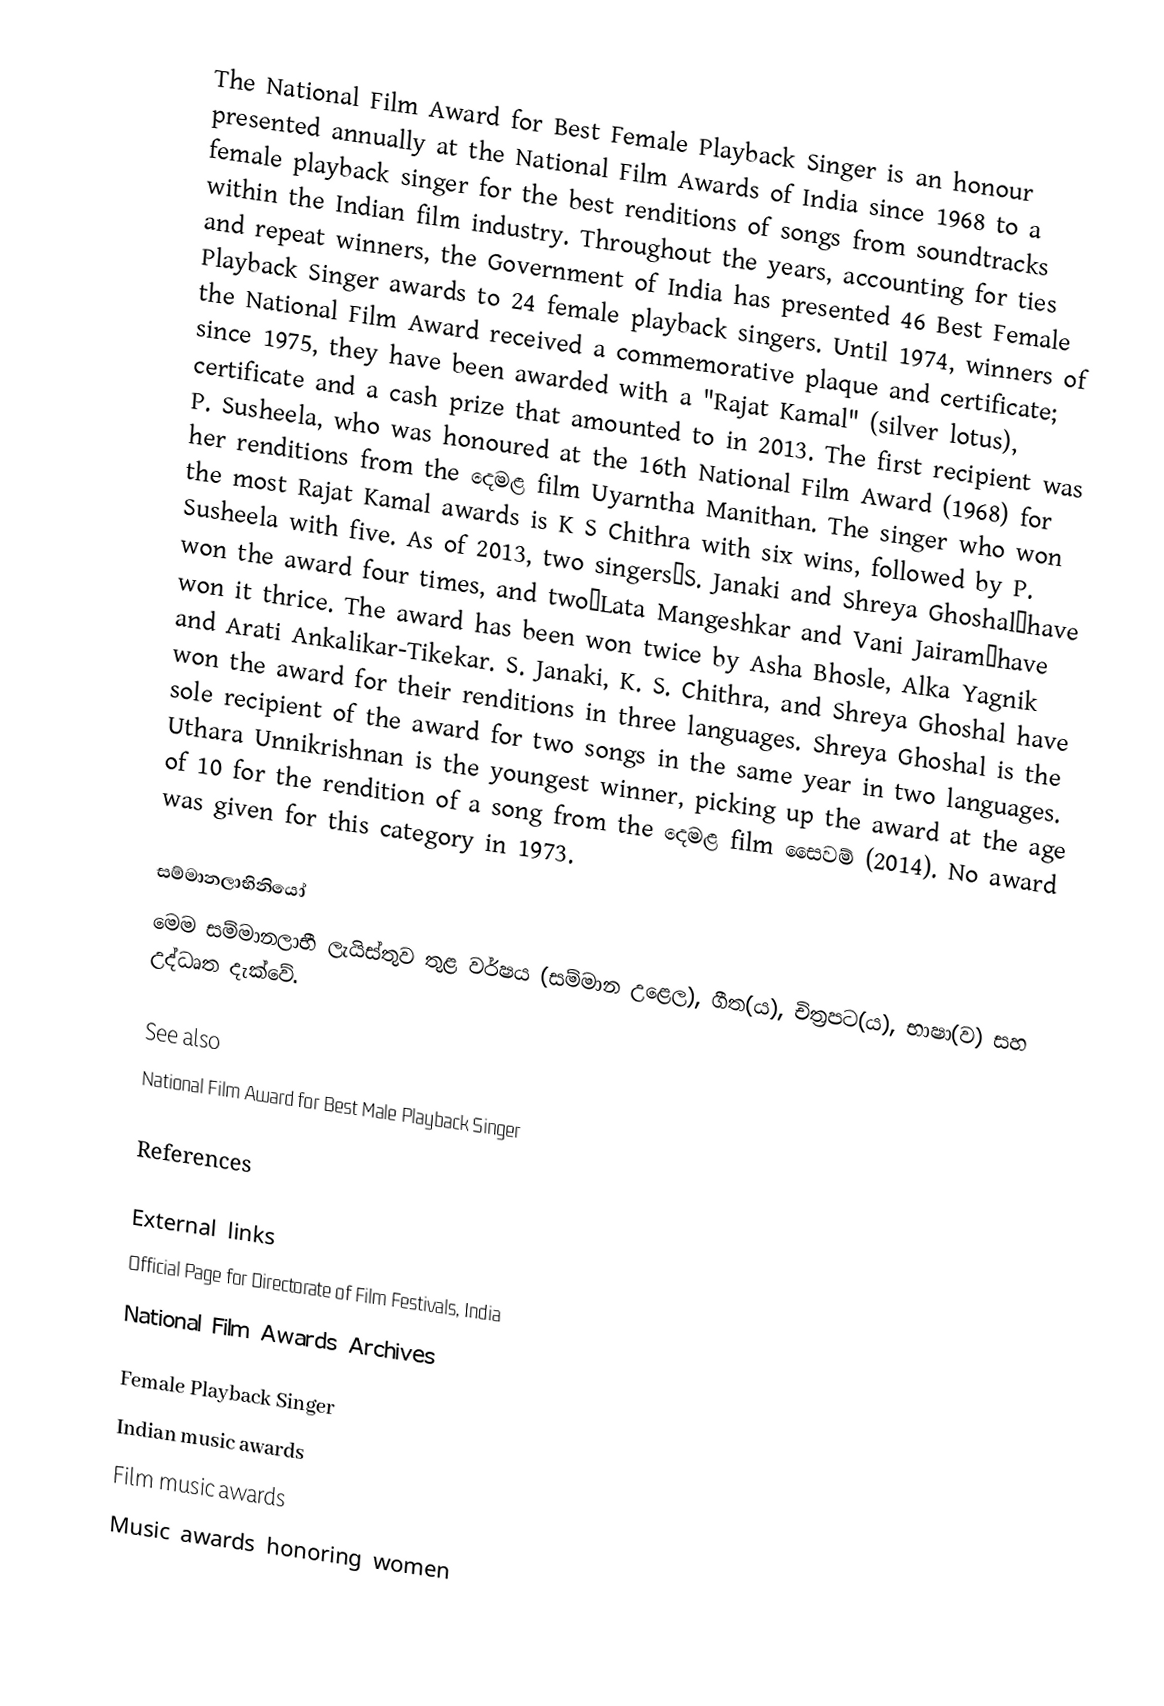
The National Film Award for Best Female Playback Singer is an honour presented annually at the National Film Awards of India since 1968 to a female playback singer for the best renditions of songs from soundtracks within the Indian film industry. Throughout the years, accounting for ties and repeat winners, the Government of India has presented 46 Best Female Playback Singer awards to 24 female playback singers. Until 1974, winners of the National Film Award received a commemorative plaque and certificate; since 1975, they have been awarded with a "Rajat Kamal" (silver lotus), certificate and a cash prize that amounted to  in 2013. The first recipient was P. Susheela, who was honoured at the 16th National Film Award (1968) for her renditions from the දෙමළ film Uyarntha Manithan. The singer who won the most Rajat Kamal awards is K S Chithra with six wins, followed by P. Susheela with five. As of 2013, two singers—S. Janaki and Shreya Ghoshal—have won the award four times, and two—Lata Mangeshkar and Vani Jairam—have won it thrice. The award has been won twice by Asha Bhosle, Alka Yagnik and Arati Ankalikar-Tikekar. S. Janaki, K. S. Chithra, and Shreya Ghoshal have won the award for their renditions in three languages. Shreya Ghoshal is the sole recipient of the award for two songs in the same year in two languages. Uthara Unnikrishnan is the youngest winner, picking up the award at the age of 10 for the rendition of a song from the දෙමළ film සෛවම් (2014). No award was given for this category in 1973.

සම්මානලාභිනියෝ
මෙම සම්මානලාභී ලැයිස්තුව තුළ වර්ෂය (සම්මාන උළෙල), ගීත(ය), චිත්‍රපට(ය), භාෂා(ව) සහ උද්ධෘත දැක්වේ.

See also
National Film Award for Best Male Playback Singer

References

External links
 Official Page for Directorate of Film Festivals, India
 National Film Awards Archives

Female Playback Singer
Indian music awards
Film music awards
Music awards honoring women